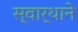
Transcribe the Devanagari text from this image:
स्वार्थाने